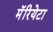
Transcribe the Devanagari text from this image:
मॅरियेटा